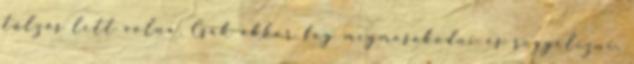
túlzás lett volna. Csak akkor fog megmosakodni és reggelizni,